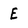
Character: E